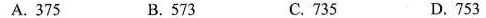
A.375 B.573 C.735 D.753